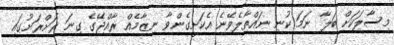
މިސާލަކަށް ބަލާ ނަމަ ކުނި ނައްތާލެވޭނެ އެކަށީގެންވާ ނިޒާމެއް ރާއްޖޭގެ ގިނަ ރަށްރަށުގައި